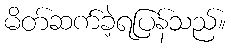
မိတ်ဆက်ခဲ့ရပြန်သည်။